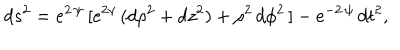
d s ^ { 2 } = e ^ { 2 \, \psi } \, [ e ^ { 2 \gamma } \, ( d \rho ^ { 2 } + d z ^ { 2 } ) + \rho ^ { 2 } \, d \phi ^ { 2 } \, ] - e ^ { - 2 \, \psi } \, d t ^ { 2 } ,